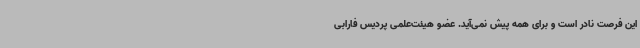
این فرصت نادر است و برای همه پیش نمی‌آید. عضو هیئت‌علمی پردیس فارابی